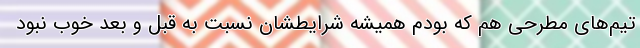
تیم‌های مطرحی هم که بودم همیشه شرایطشان نسبت به قبل و بعد خوب نبود